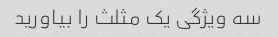
سه ویژگی یک مثلث را بیاورید